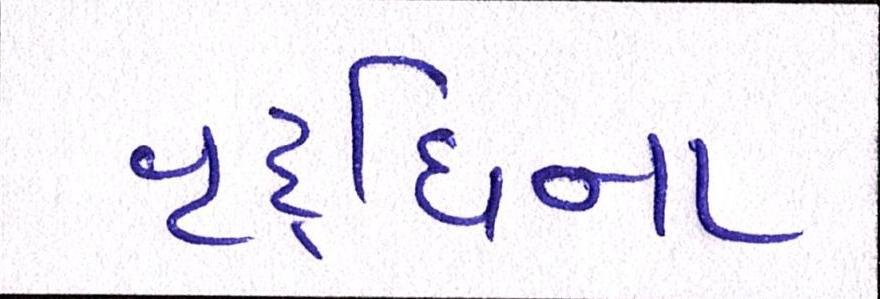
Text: વૃદ્ધિના